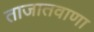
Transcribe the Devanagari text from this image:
ताजातवाणा